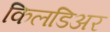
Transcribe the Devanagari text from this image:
किलडिअर